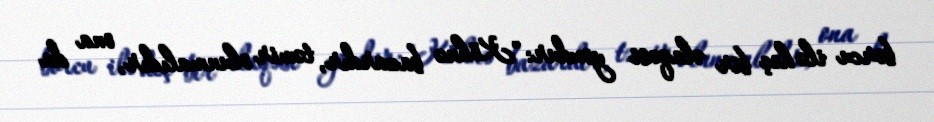
borcu ilə heç bir əlaqəsi yoxdur: "Köhnə bazardır, təmir olunmalıdır, ona da